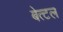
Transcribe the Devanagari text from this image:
बेत्टल